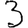
Digit: 3